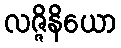
လဇ္ဇိနိယော